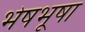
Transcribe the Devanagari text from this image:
भेषभूषा